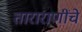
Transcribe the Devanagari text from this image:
ताराराणींचे